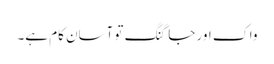
واک اور جاگنگ تو آسان کام ہے۔